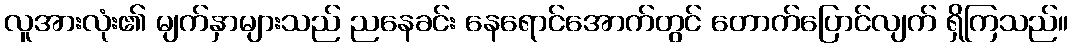
လူအားလုံး၏ မျက်နှာများသည် ညနေခင်း နေရောင်အောက်တွင် တောက်ပြောင်လျက် ရှိကြသည်။